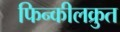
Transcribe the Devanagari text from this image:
फिन्कीलक्रुत